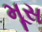
મૂસ